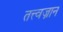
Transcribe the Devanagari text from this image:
तत्त्वज्नान